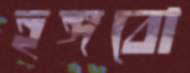
হঙ্গবো